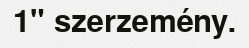
1" szerzemény.